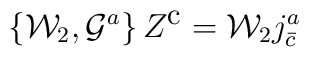
\left\{ {\cal W}_2 , {\cal G}^a  \right\} Z^{\mbox{\small c}}                    = {\cal W}_2 j^a_{\bar{c}}